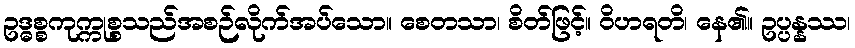
ဥဒ္ဓစ္စကုက္ကုစ္စသည်အစဉ်လိုက်အပ်သော။ စေတသာ၊ စိတ်ဖြင့်။ ဝိဟရတိ၊ နေ၏။ ဥပ္ပန္နဿ၊